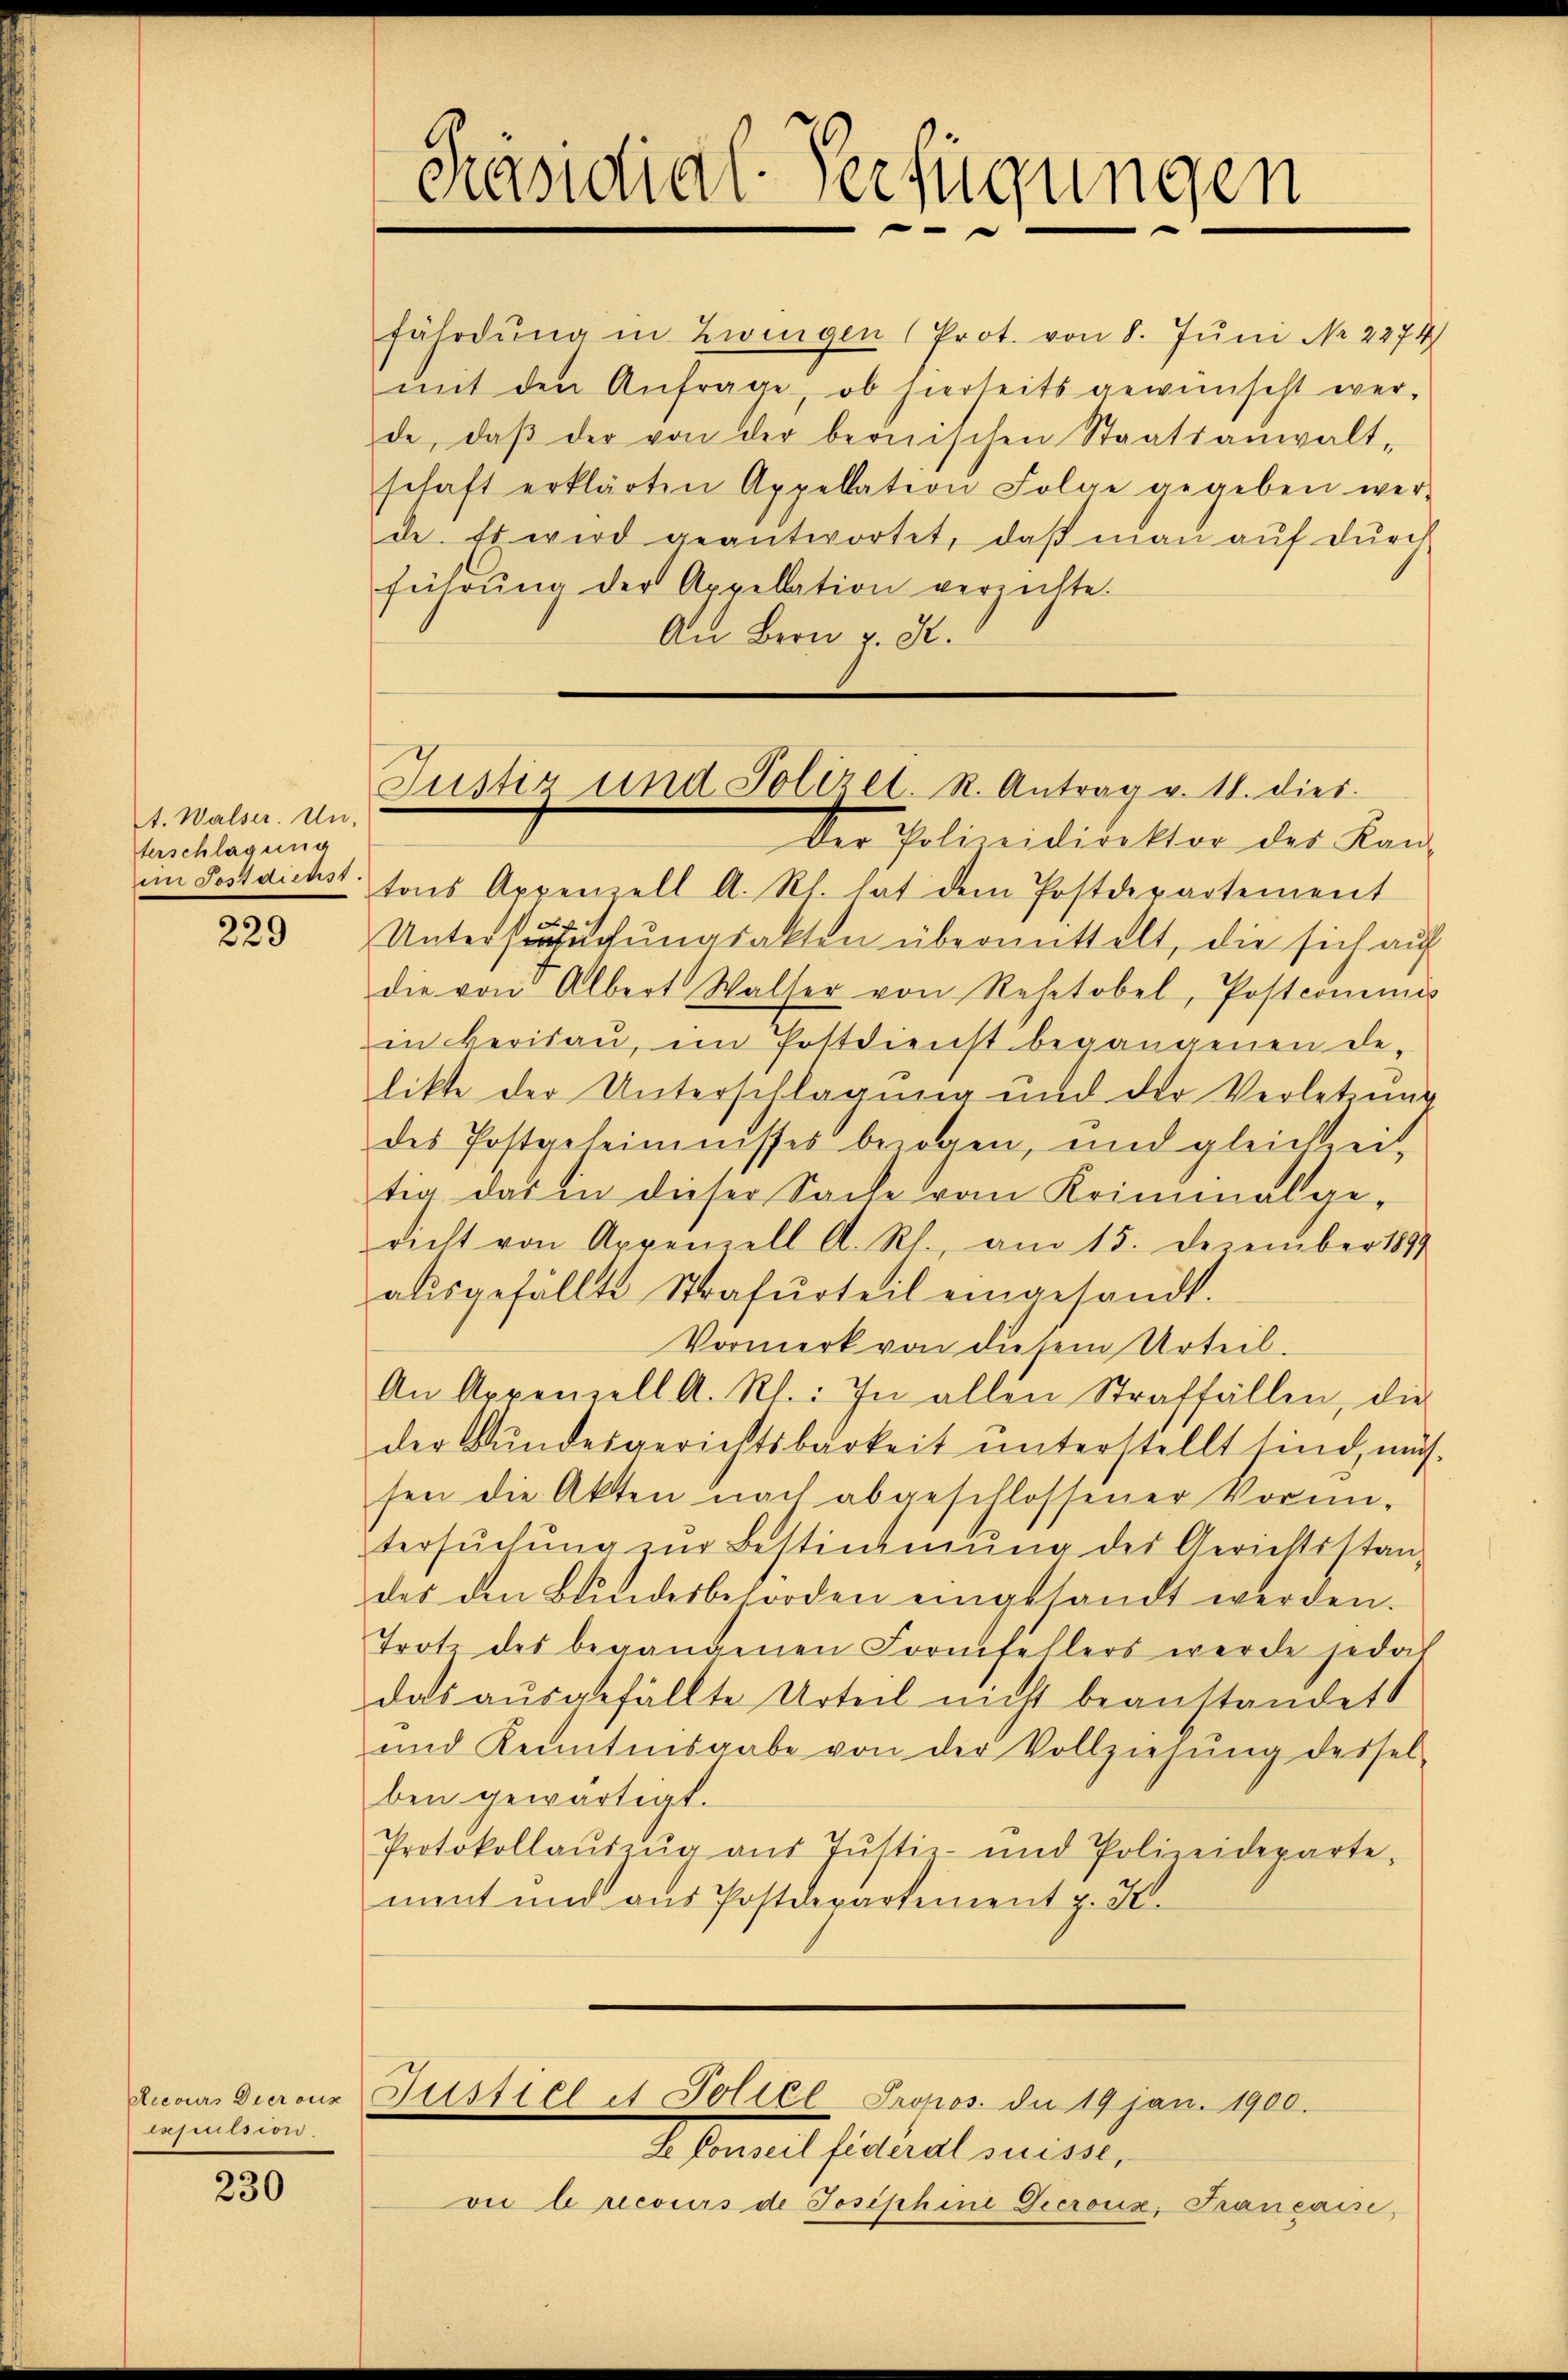
A. Walser. Un
terschlagung
im Postdiehst.

229

Recours Dieraus
laserission

230

fährdung in Zwingen (Prot. von 8. Juni Nr. 2274)
mit den Anfrage, ob hierseits gewünscht wer-
de, daβ der von der bernischen Staatsanwalt-
schaft erklärten Appellation Folge gegeben wer-
de. Es wird geantwortet, daß man aŭf dŭrch
führŭng der Appellation verzichte.
An Bern v. K.

Präsidial-Verfügungen

Justiz und Poliret. R. Antrag v. 11. dies

Der Polizeidirektor des Kantons Appenzell A. R. hat dem Postdepartement
Untersuchungsakten übermittelt, die sich auf
die von Albert Walser von Rehetobel, Postcommis
in berisaŭ, im Postdienst begangenen de-
likte der Unterschlagung und der Verletzung
des Postgeheimnisses bezogen, und gleichzei-
tig das in dieser Sache vom Kriminalge-
richt von Appenzell A. R., am 15. Dezember 1899
aŭsgefällte Strafurteil eingesandt.
Vormerk von diesem Urteil.
An Appenzell A. Rl.: In allen Straffällen, die
der Bŭndesgerichtsbarkeit ŭnterstellt sind, müs
sen die Akten nach abgeschlossener Vormi-
tersŭchŭng im Bestimmung des Gerichtsstan-
des den Bŭndesbehörden eingesandt werden.
Trotz des begangenen Formfehlers werde jedoch
das ausgefällte Urteil nicht beanstandet
und Kenntnisgabe von der Vollziehŭng dessel-
ben gewärtigt.
Protokollaŭszŭg aŭs Jŭstiz- und Polizeideparte,
ment und aus Postapartement p. K.

Justiel et Poliel Propos. die 19 jan. 1900.

L. Conseil fideral suisse,
on Crecours de Josephine Decroix, Franeaise